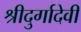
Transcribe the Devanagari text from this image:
श्रीदुर्गादेवी